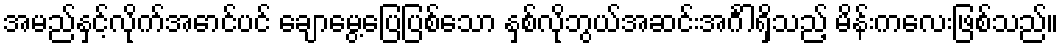
အမည်နှင့်လိုက်အောင်ပင် ချောမွေ့ပြေပြစ်သော နှစ်လိုဘွယ်အဆင်းအင်္ဂါရှိသည့် မိန်းကလေးဖြစ်သည်။